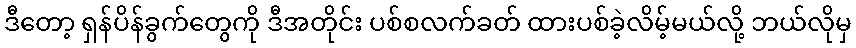
ဒီတော့ ရှန်ပိန်ခွက်တွေကို ဒီအတိုင်း ပစ်စလက်ခတ် ထားပစ်ခဲ့လိမ့်မယ်လို့ ဘယ်လိုမှ